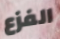
الفزع